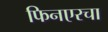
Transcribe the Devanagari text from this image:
फिनएरचा